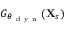
G _ { \theta _ { \mathrm { ~ d ~ y ~ n ~ } } } ( \mathbf { X } _ { s } )